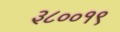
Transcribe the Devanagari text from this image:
३८००१९